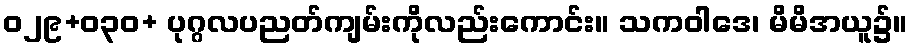
ဝ၂၉+ဝ၃၀+ ပုဂ္ဂလပညတ်ကျမ်းကိုလည်းကောင်း။ သကဝါဒေ၊ မိမိအယူ၌။